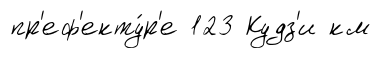
пр'еф'екту́р'е 123 Кудз'и км